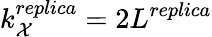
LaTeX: k_{\mathcal{X}}^{replica}=2L^{replica}